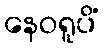
နေဝရူပိံ